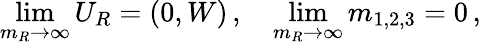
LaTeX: \operatorname*{lim}_{m_{R}\to\infty}U_{R}=(0,W)\, ,\quad\operatorname*{lim}_{m_{R}\to\infty}m_{1,2,3}=0\, ,